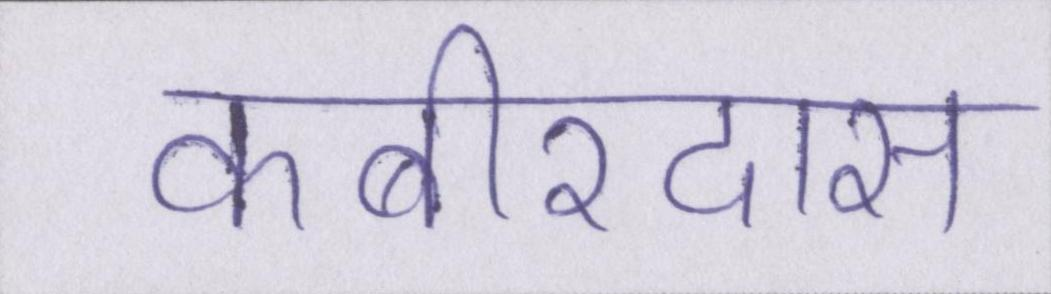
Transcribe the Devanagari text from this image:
कबीरदास